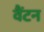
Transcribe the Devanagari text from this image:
वैंटन